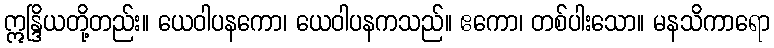
ဣန္ဒြိယတို့တည်း။ ယေဝါပနကော၊ ယေဝါပနကသည်။ ဧကော၊ တစ်ပါးသော။ မနသိကာရော